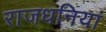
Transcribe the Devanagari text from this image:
राजधनियां